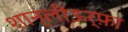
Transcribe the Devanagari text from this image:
शान्लीऊर्फ़ा